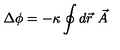
\Delta \phi = - \kappa \oint d { \vec { r } } \ { \vec { A } }